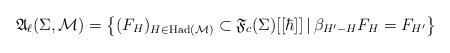
LaTeX: \begin{align*} \mathfrak{A}_{\ell}(\Sigma, \mathcal{M}) = \left\{ (F_H)_{H \in \mathrm{Had}(\mathcal{M})} \subset \mathfrak{F}_c(\Sigma)[[\hbar]] \,|\, \beta_{H' - H} F_H = F_{H'} \right\} \end{align*}